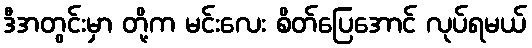
ဒီအတွင်းမှာ တို့က မင်းလေး စိတ်ပြေအောင် လုပ်ရမယ်